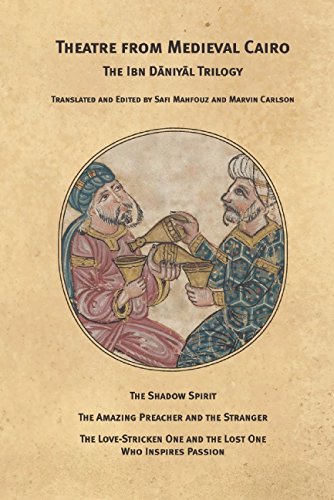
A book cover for Theatre From Medieval Cairo: The Ibn Daniyal Trilogy (Martin E. Segal Theatre Center Publications); Ibn Daniyal; Literature & Fiction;